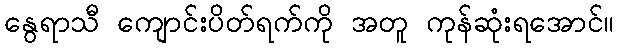
နွေရာသီ ကျောင်းပိတ်ရက်ကို အတူ ကုန်ဆုံးရအောင်။